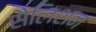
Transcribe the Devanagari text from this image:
सैलिशन